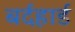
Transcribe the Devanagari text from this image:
बर्दहार्ड